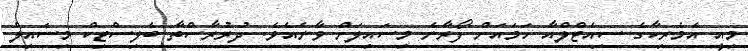
މިއީ އެމެރިކާގެ ސިއެޓްލްއާ ހަމައަށް ފޯރާނެ މިސައިލަށް ވާނެއެވެ. ދުރުރާސްތާ ބެލިސްޓިކް މިސައިލް